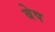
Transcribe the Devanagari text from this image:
बेष